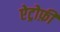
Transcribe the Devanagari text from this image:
ऐट्रोफ़ी